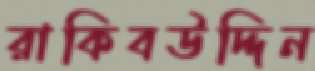
রাকিবউদ্দিন